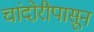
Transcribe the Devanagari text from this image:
चांदोरीपासून